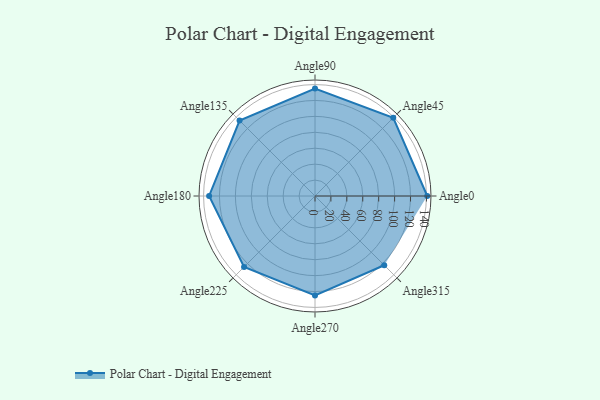
{"axis": {"x": "Angle", "y": "Radius"}, "legend": [""], "data": [{"x": "Angle0", "y": 141.0, "type": ""}, {"x": "Angle45", "y": 139.0, "type": ""}, {"x": "Angle90", "y": 135.0, "type": ""}, {"x": "Angle135", "y": 134.0, "type": ""}, {"x": "Angle180", "y": 133.0, "type": ""}, {"x": "Angle225", "y": 126.0, "type": ""}, {"x": "Angle270", "y": 125.0, "type": ""}, {"x": "Angle315", "y": 123.0, "type": ""}]}